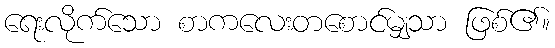
ရေးလိုက်သော စာကလေးတစောင်မျှသာ ဖြစ်၏။